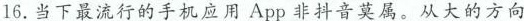
16.当下最流行的手机应用App非抖音莫属。从大的方向